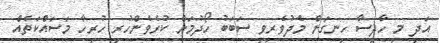
އަދި މި ހާދިސާ ހިނގަން މެދުވެރިވި ސަބަބު ހޯދުމަށް ކުރެވެންހުރި ހުރިހާ މަސައްކަތެއް